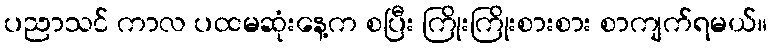
ပညာသင် ကာလ ပထမဆုံးနေ့က စပြီး ကြိုးကြိုးစားစား စာကျက်ရမယ်။